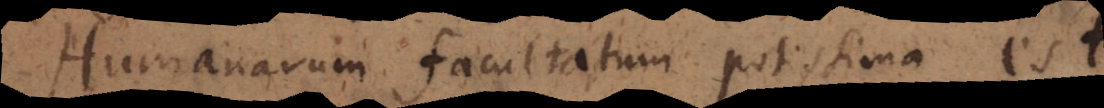
Humanarum facultatum potissima est